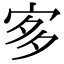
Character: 㝖